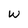
Character: w